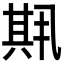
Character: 𫤱